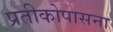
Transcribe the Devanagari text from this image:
प्रतीकोपासना